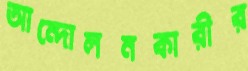
আন্দোলনকারীর